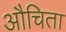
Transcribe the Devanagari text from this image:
औचिता